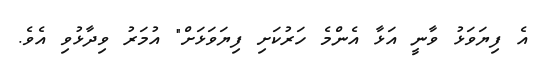
އެ ފިޔަވަޅު ވާނީ އަޅާ އެންމެ ހަރުކަށި ފިޔަވަޅަށް" އުމަރު ވިދާޅުވި އެވެ.